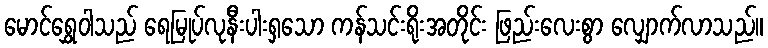
မောင်ရွှေဝါသည် ရေမြုပ်လုနီးပါးရှသော ကန်သင်းရိုးအတိုင်း ဖြည်းလေးစွာ လျှောက်လာသည်။